Rangoon Lunatic Asylum 1898-1906 - 1898-1906
Year: 1898
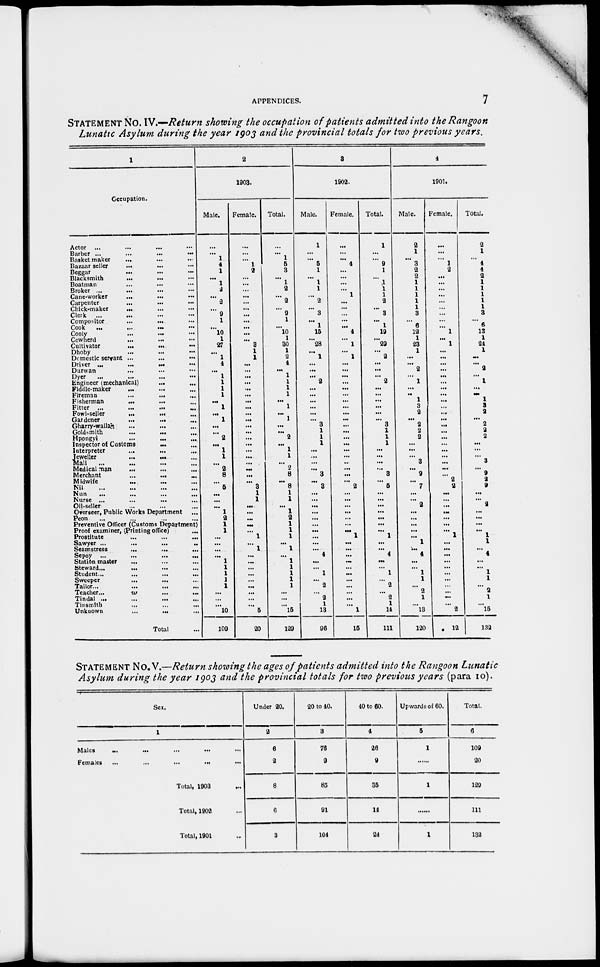
APPENDICES.
7
STATEMENT No. IV.—Return showing the occupation of patients admitted into the Rangoon
Lunatic Asylum during the year 1903 and the provincial totals for two previous years.
1
Occupation.
Actor ... ... ...
Barber ...
...
...
...
Basket maker ... ... ...
Bazaar seller ... ... ...
Beggar
...
...
...
Blacksmith ... ... ...
Boatman ... ... ...
Broker ... ... ... ...
Cane-worker ... ... ...
Carpenter ... ... ...
Chick-maker
...
...
...
Clerk
... ... ... ...
Compositor
...
...
Cook
...
...
...
...
Cooly ... ... ...
Cowherd ... ... ...
Cultivator
...
...
...
Dhoby ... ... ...
Domestic servant ...
...
...
Driver ...
...
...
...
Durwan ... ... ...
Dyer ... ... ...
Engineer (mechanical)
...
Fiddle-maker
...
Fireman
...
...
...
Fisherman...
...
...
...
Fitter ...
...
...
Fowl-seller
...
...
Gardener
...
...
Gharry-wallas ... ... ...
Goldsmith ... ... ...
Hpongyi ... ... ...
Inspector of Customs ... ...
Interpreter ... ... ...
Jeweller ...
...
...
Mali ... ... ...
Medical man ... ... ...
Merchant ...
...
...
Midwife ... ... ...
Nil
...
... ...
Nun
...
...
...
...
Nurse ...
...
...
Oil-seller ... ... ...
Overseer, Public Works Department ...
Peon ... ... ...
Preventive Officer (Customs Department)
Proof examiner, (Printing office)
Prostitute ... ... ...
Sawyer ... ... ... ...
Seamstress ... ... ... ...
Sepoy ... ... ... ...
Station master ... ... ...
Steward... ... ... ...
Student... ... ... ...
Sweeper ... ... ...
Tailor... ... ... ...
Teacher...
...
...
...
Tindal ... ... ... ...
Tinsmith ... ... ...
Unknown ... ... ...
Total...
2
1903.
Male.
...
...
1
4
1
...
1
2
...
2
...
9
1
...
10
1
27
...
1
4
...
1
1
1
1
...
1
...
1
...
...
2
...
1
1
...
2
8
...
5
...
...
...
1
2
1
1
...
...
...
...
1
1
1
1
1
...
...
...
10
109
Female.
...
...
...
1
2
...
...
...
...
...
...
...
...
...
...
...
3
1
1
...
...
...
...
...
...
...
...
...
...
...
...
...
...
...
...
...
...
...
3
1
1
...
...
...
...
...
1
...
1
...
...
...
...
...
...
...
...
...
5
20
Total.
...
...
1
5
3
...
1
2
...
2
...
9
1
...
10
1
30
1
2
4
...
1
1
1
1
...
1
...
1
...
...
2
...
1
1
...
0
8
...
8
1
1
...
1
2
1
1
1
...
1
...
1
1
1
1
1
...
...
...
15
129
3
1902.
Male.
1
...
...
5
1
...
1
1
...
2
...
3
...
1
15
...
28
...
1
...
...
...
2
...
...
...
...
...
...
3
1
1
1
...
...
...
...
3
...
3
...
...
...
...
...
...
...
...
...
...
4
...
...
1
...
2
...
2
1
13
96
Female.
...
...
4
...
...
...
...
1
...
...
...
...
...
4
...
1
...
1
...
...
...
...
...
...
...
...
...
...
...
...
...
...
...
...
...
...
...
...
2
...
...
...
...
...
...
...
1
...
...
...
...
...
...
...
...
...
...
...
1
15
Total.
1
...
...
9
1
...
1
1
1
2
...
3
...
1
19
...
29
...
2
...
...
...
2
...
...
...
...
...
...
3
1
1
1
...
...
...
3
...
5
...
...
...
... ...
...
...
1
...
...
4
...
...
1
...
2
...
2
1
14
111
4
1901.
Male.
2
1
...
3
2
2
1
1
1
1
1
3
...
6
12
1
23
1
...
...
2
...
1
...
...
1
3
2
...
2
2
2
...
...
...
3
...
9
...
7
...
...
2
...
...
...
...
...
1
...
4
...
...
1
1
...
2
1
...
13
120
Female.
...
...
...
1
2
...
...
...
...
...
...
...
...
...
1
...
1
...
...
...
...
...
...
...
...
...
...
...
...
...
...
...
...
...
...
...
...
...
2
2
...
...
...
...
...
...
...
1
...
...
...
...
...
...
...
...
...
...
...
2
12
Total.
2
1
...
4
4
2
1
1
1
1
1
3
...
6
13
1
24
1
...
...
2
...
1
...
...
1
3
2
...
2
2
2
...
...
...
3
...
9
2
9
...
...
2
...
...
...
...
1
1
...
4
...
...
1
1
...
2
1
...
15
132
STATEMENT No. V.—Return showing the ages of patients admitted into the Rangoon Lunatic
Asylum during the year 1903 and the provincial totals for two previous years (para 10)
Sex.
1
Males ... ... ...
Females
...
...
...
Total, 1903 ...
Total, 1902 ...
Total, 1901 ...
Under 20.
2
6
2
8
6
3
20 to 40.
3
76
9
85
91
104
40 to 60.
4
26
9
35
14
24
Upwards of 60.
5
1
...
1
...
1
Total.
6
109
20
129
111
132